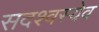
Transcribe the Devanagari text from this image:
सदश्वस्येव